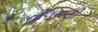
નીલમણી